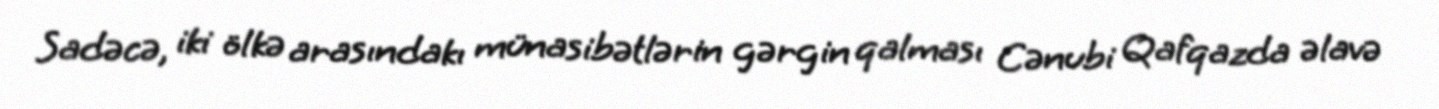
Sadəcə, iki ölkə arasındakı münasibətlərin gərgin qalması Cənubi Qafqazda əlavə